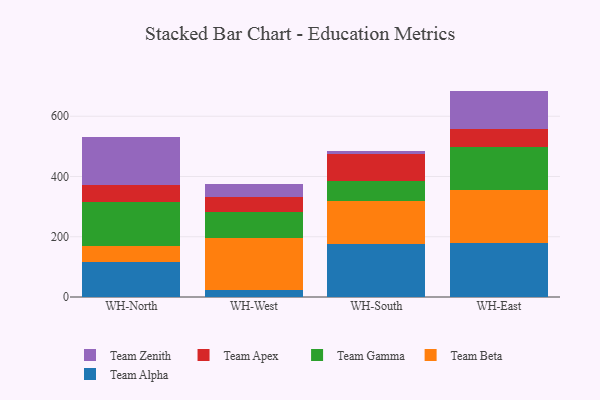
{"axis": {"x": "Warehouse", "y": "Tickets Resolved"}, "legend": ["Team Alpha", "Team Apex", "Team Beta", "Team Gamma", "Team Zenith"], "data": [{"x": "WH-North", "y": 115.0, "type": "Team Alpha"}, {"x": "WH-North", "y": 54.4, "type": "Team Beta"}, {"x": "WH-North", "y": 145.4, "type": "Team Gamma"}, {"x": "WH-North", "y": 57.7, "type": "Team Apex"}, {"x": "WH-North", "y": 158.9, "type": "Team Zenith"}, {"x": "WH-West", "y": 22.8, "type": "Team Alpha"}, {"x": "WH-West", "y": 172.7, "type": "Team Beta"}, {"x": "WH-West", "y": 87.9, "type": "Team Gamma"}, {"x": "WH-West", "y": 49.4, "type": "Team Apex"}, {"x": "WH-West", "y": 42.5, "type": "Team Zenith"}, {"x": "WH-South", "y": 174.3, "type": "Team Alpha"}, {"x": "WH-South", "y": 145.4, "type": "Team Beta"}, {"x": "WH-South", "y": 65.1, "type": "Team Gamma"}, {"x": "WH-South", "y": 90.8, "type": "Team Apex"}, {"x": "WH-South", "y": 9.5, "type": "Team Zenith"}, {"x": "WH-East", "y": 178.0, "type": "Team Alpha"}, {"x": "WH-East", "y": 176.3, "type": "Team Beta"}, {"x": "WH-East", "y": 143.3, "type": "Team Gamma"}, {"x": "WH-East", "y": 61.0, "type": "Team Apex"}, {"x": "WH-East", "y": 125.7, "type": "Team Zenith"}]}